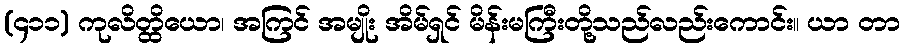
(၄၁၁) ကုလိတ္ထိယော၊ အကြင် အမျိုး အိမ်ရှင် မိန်းမကြီးတို့သည်လည်းကောင်း။ ယာ တာ